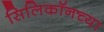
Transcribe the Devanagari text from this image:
सिलिकॉनच्या